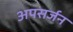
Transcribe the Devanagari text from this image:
अपसर्जन